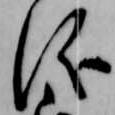
儀